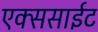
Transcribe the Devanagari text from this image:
एक्ससाईट